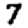
Digit: 7